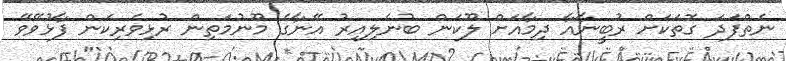
ނެތްފަދަ ގޮތަކަށް ރުބީނާއާ ދިމާއަށް ލޫކަން ބުނެލިއިރު އޭނާގެ މޫނުމަތިން ރުޅިވެރިކަން ފާޅުވޭވޭ